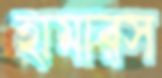
হামারস